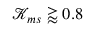
\mathcal { K } _ { m s } \gtrapprox 0 . 8